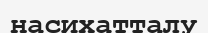
насихатталу